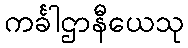
ကင်္ခါဌာနီယေသု